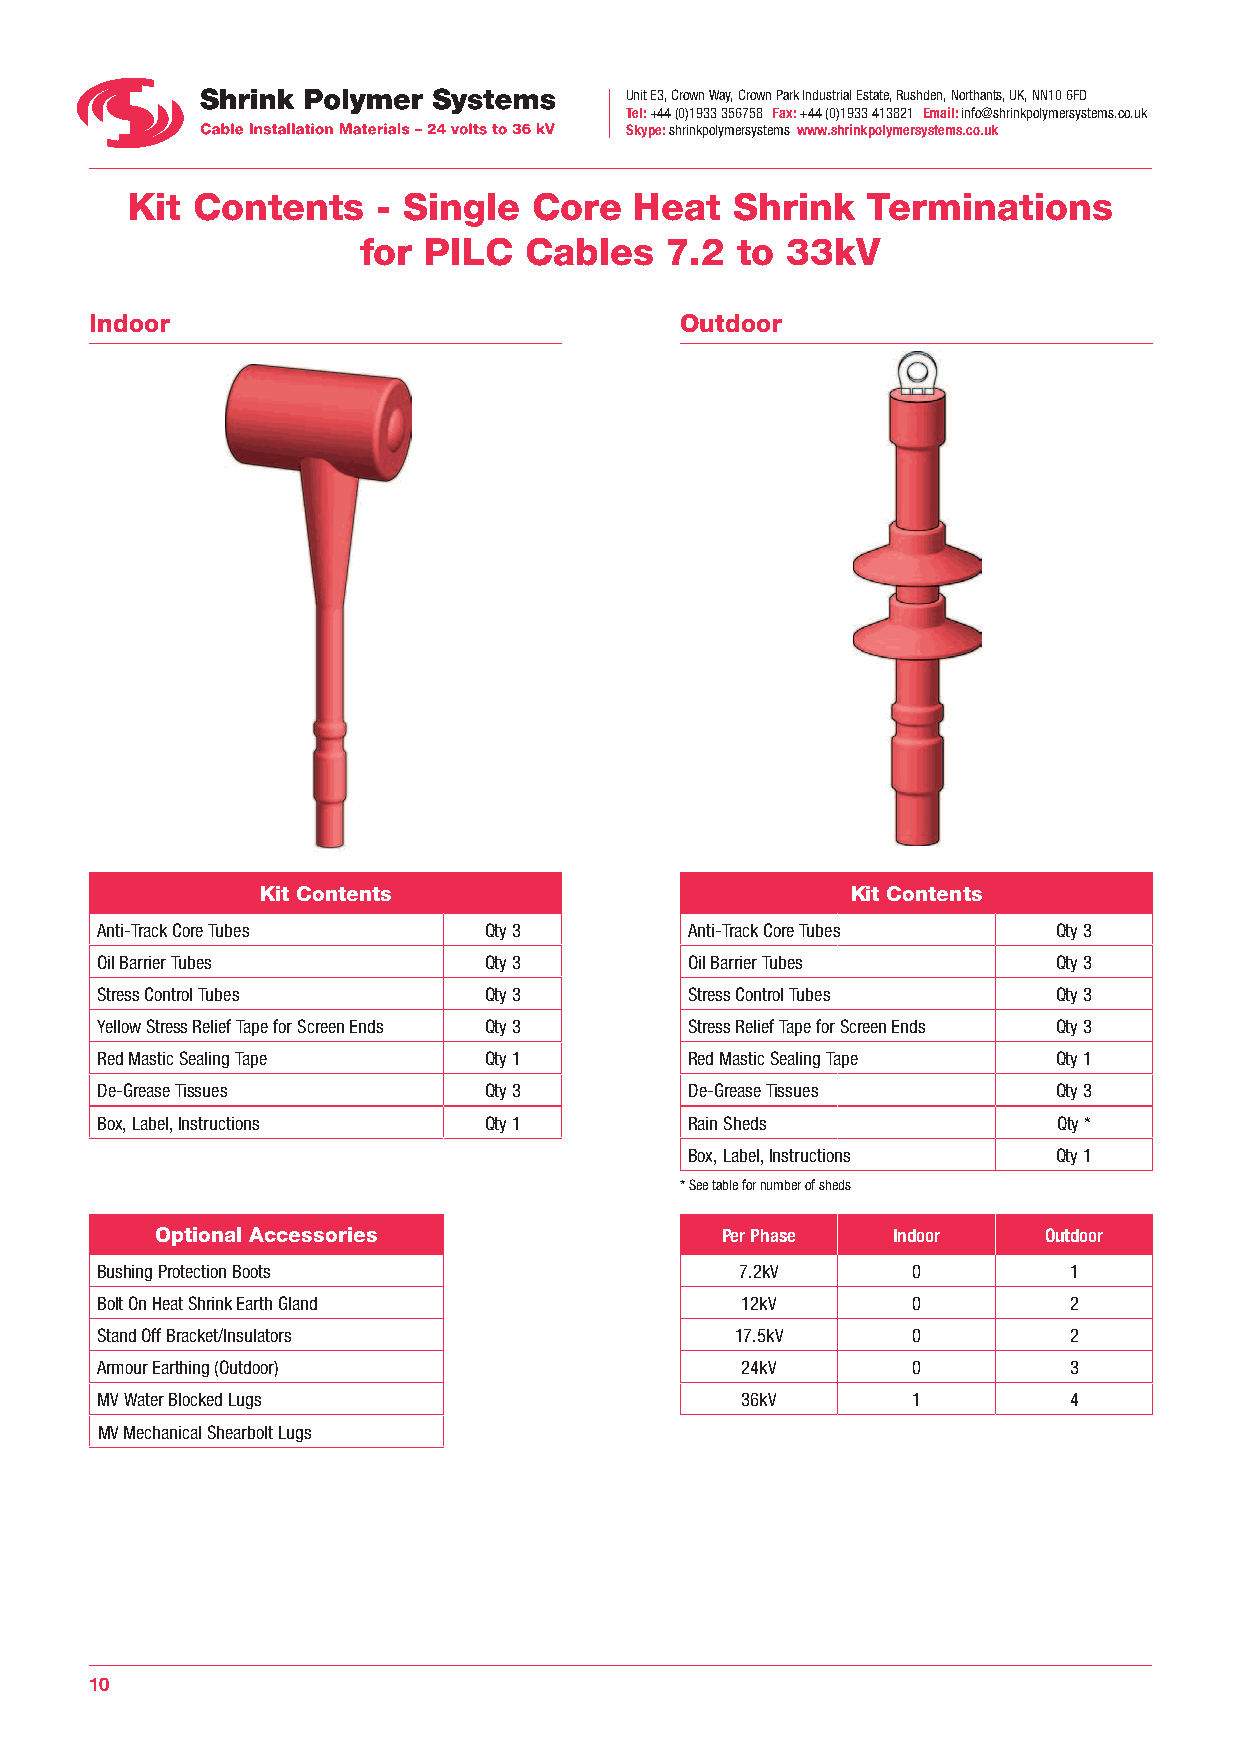
Unit E3, Crown Way, Crown Park Industrial Estate, Rushden, Northants, UK, NN10 6FD
 Tel: +44 (0)1933 356758 Fax: +44 (0)1933 413821 Email: info@shrinkpolymersystems.co.uk
 Skype: shrinkpolymersystems www.shrinkpolymersystems.co.uk
 Kit  Contents    - Single  Core   Heat   Shrink  Terminations
 for PILC   Cables   7.2  to 33kV
 Indoor                                 Outdoor
 Kit Contents                           Kit Contents
 Anti-Track Core Tubes     Qty 3         Anti-Track Core Tubes   Qty 3
 Oil Barrier Tubes         Qty 3         Oil Barrier Tubes       Qty 3
 Stress Control Tubes      Qty 3         Stress Control Tubes    Qty 3
 Yellow Stress Relief Tape for Screen Ends Qty 3 Stress Relief Tape for Screen Ends Qty 3
 Red Mastic Sealing Tape   Qty 1         Red Mastic Sealing Tape Qty 1
 De-Grease Tissues         Qty 3         De-Grease Tissues       Qty 3
 Box, Label, Instructions  Qty 1         Rain Sheds              Qty *
 Box, Label, Instructions Qty 1
 * See table for number of sheds
 Optional Accessories                  Per Phase  Indoor    Outdoor
 Bushing Protection Boots                   7.2kV      0          1
 Bolt On Heat Shrink Earth Gland            12kV       0          2
 Stand Off Bracket/Insulators               17.5kV     0          2
 Armour Earthing (Outdoor)                  24kV       0          3
 MV Water Blocked Lugs                      36kV       1          4
 MV Mechanical Shearbolt Lugs
 10